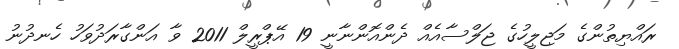
ރައްޔިތުންގެ މަޖިލީހުގެ ޖަލްސާއެއް ދެންއޮންނާނީ 19 އޭޕްރީލް 2011 ވާ އަންގާރަދުވަހު ހެނދުނު